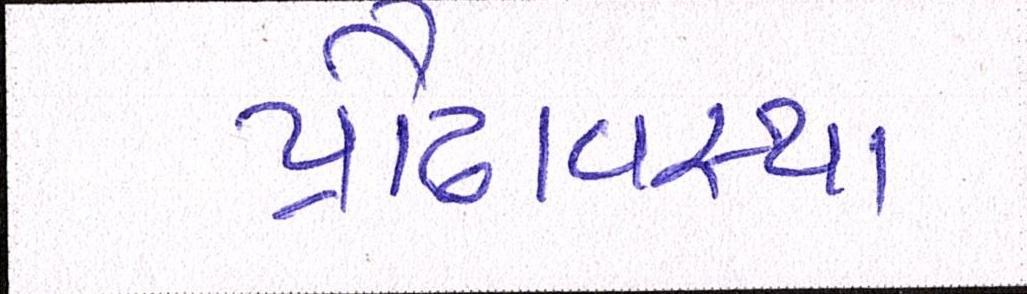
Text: પ્રૌઢાવસ્થા